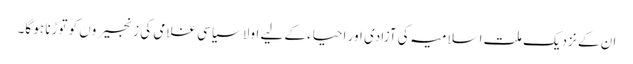
ان کے نزدیک ملت اسلامیہ کی آزادی اور احیاء کے لیے اولا سیاسی غلامی کی زنجیروں کو توڑنا ہو گا۔